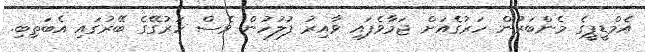
އެމްޑީޕީގެ މެންބަރުން ހަރުގެއަށް ޖަމާވެފައި ވާއިރު ފުލުހުން ވެސް ހަރުގޭގެ ބޭރުގައި އެބަތިބި.